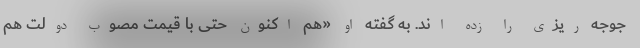
جوجه ریزی را زده اند. به گفته او «هم اکنون حتی با قیمت مصوب دولت هم